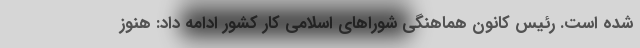
شده است. رئیس کانون هماهنگی شورا‌های اسلامی کار کشور ادامه داد: هنوز